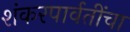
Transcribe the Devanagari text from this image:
शंकरपार्वतींचा